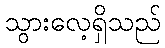
သွားလေ့ရှိသည်